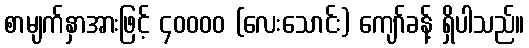
စာမျက်နှာအားဖြင့် ၄၀၀၀၀ (လေးသောင်း) ကျော်ခန့် ရှိပါသည်။